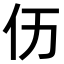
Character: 𠆮